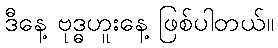
ဒီနေ့ ဗုဒ္ဓဟူးနေ့ ဖြစ်ပါတယ်။